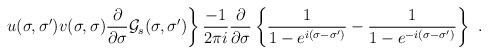
LaTeX: \begin{align*}\left. u(\sigma ,\sigma ^{\prime})v(\sigma ,\sigma )\frac{\partial }{\partial \sigma }{\cal G}_s(\sigma,\sigma ^{\prime })\right\} \frac{-1}{2\pi i}\frac{\partial }{\partial \sigma }\left\{\frac 1{1-e^{i(\sigma -\sigma ^{\prime })}}-\frac 1{1-e^{-i(\sigma -\sigma ^{\prime })}} \right\}\,\, .\end{align*}